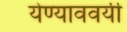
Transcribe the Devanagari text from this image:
येण्याववर्यी